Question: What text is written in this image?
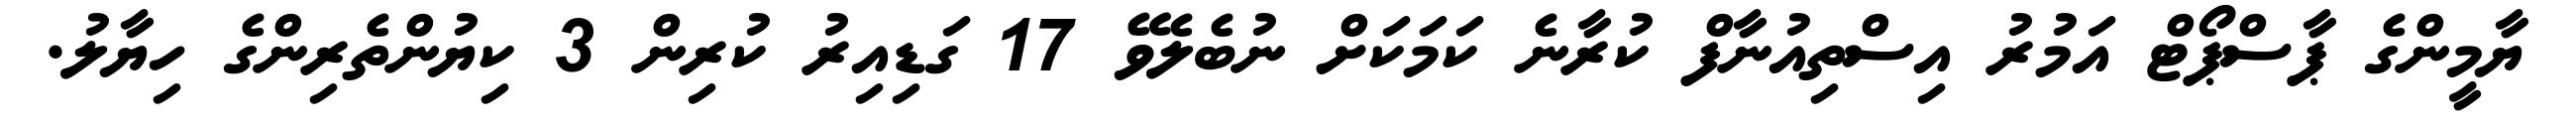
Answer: ޔާމީންގެ ޕާސްޕޯޓް އަމުރު އިސްތިއުނާފް ކުރާނެ ކަމަކަށް ނުބެލެވޭ 17 ގަޑިއިރު ކުރިން 3 ކިޔުންތެރިންގެ ހިޔާލު.